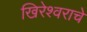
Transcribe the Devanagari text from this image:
खिरेश्वराचे